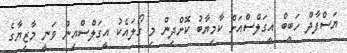
ޔަސްފާދް ހަބީބް އީގަލްސްއަށް ކާމިޔާބު ކޮށްދިން މި ގޯލައެކު އީގަލްސްއިން ވަނީ މާޒިޔާގެ